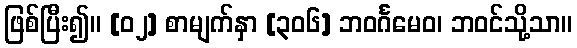
ဖြစ်ပြီး၍။ [၀၂] စာမျက်နှာ [၃၀၆] ဘဝင်္ဂမေဝ၊ ဘဝင်သို့သာ။